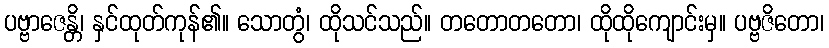
ပဗ္ဗာဇေန္တိ၊ နှင်ထုတ်ကုန်၏။ သောတွံ၊ ထိုသင်သည်။ တတောတတော၊ ထိုထိုကျောင်းမှ။ ပဗ္ဗဇိတော၊